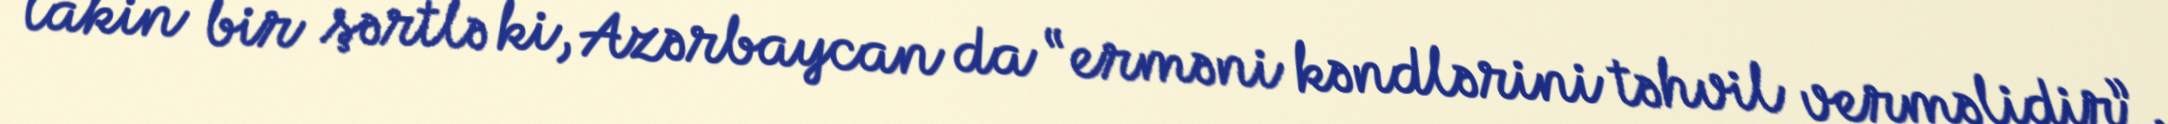
lakin bir şərtlə ki, Azərbaycan da “erməni kəndlərini təhvil verməlidir”.